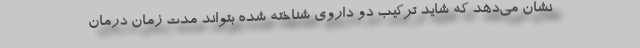
نشان می‌دهد که شاید ترکیب دو داروی شناخته شده بتواند مدت زمان درمان